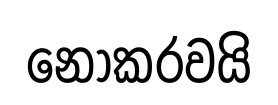
නොකරවයි